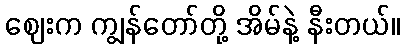
ဈေးက ကျွန်တော်တို့ အိမ်နဲ့ နီးတယ်။